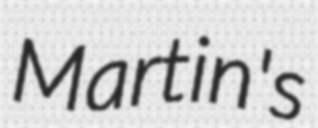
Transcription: Martin's